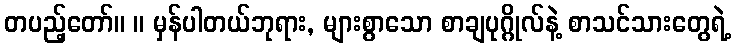
တပည့်တော်။ ။ မှန်ပါတယ်ဘုရား, များစွာသော စာချပုဂ္ဂိုလ်နဲ့ စာသင်သားတွေရဲ့